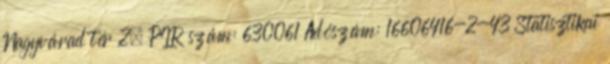
Nagyvárad tér 2. PIR szám: 630061 Adószám: 16606416-2-43 Statisztikai